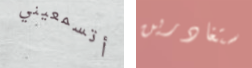
أتسمعيني ستغادرين